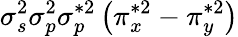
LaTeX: \sigma_{s}^{2}\sigma_{p}^{2}\sigma_{p}^{*2}\left(\pi_{x}^{*2}-\pi_{y}^{*2}\right)